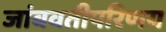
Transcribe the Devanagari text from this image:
जांबवतीपरिणय